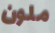
ملون